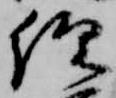
経